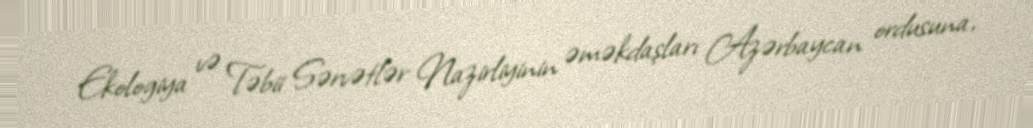
Ekologiya və Təbii Sərvətlər Nazirliyinin əməkdaşları Azərbaycan ordusuna,